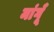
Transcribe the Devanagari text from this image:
मांगूँ